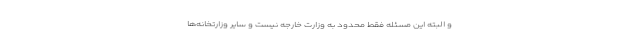
و البته این مسئله فقط محدود به وزارت خارجه نیست و سایر وزارتخانه‌ها